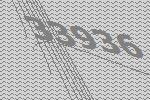
33936